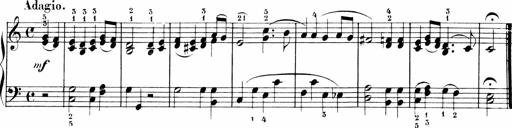
Title: 6 Liedersonatinen
Composer: Carl Reinecke